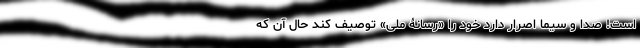
است! صدا و سیما اصرار دارد خود را «‌رسانۀ ملی» توصیف کند حال آن که